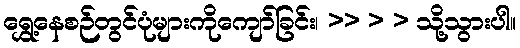
ရွှေ့နေစဉ်တွင်ပုံများကိုကျော်ခြင်း၊ >> > > သို့သွားပါ။